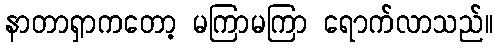
နာတာရှာကတော့ မကြာမကြာ ရောက်လာသည်။